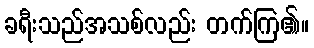
ခရီးသည်အသစ်လည်း တက်ကြ၏။